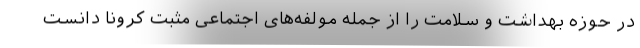
در حوزه بهداشت و سلامت را از جمله مولفه‌های اجتماعی مثبت کرونا دانست